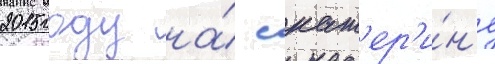
2015 году на́ екат'ер'и́н'е